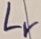
Text: Lr